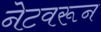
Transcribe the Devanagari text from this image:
नेटवरून